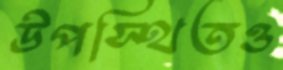
উপস্থিতও